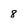
Character: 8